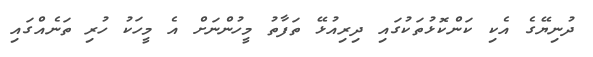
ދުނިޔޭގެ އެކި ކަންކޮޅުތަކުގައި ދިރިއުޅޭ ތަފާތު މީހުންނަށް އެ މީހަކު ހުރި ތަނެއްގައި